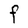
Character: F